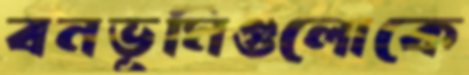
বনভূমিগুলোকে